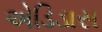
એડિડાસ